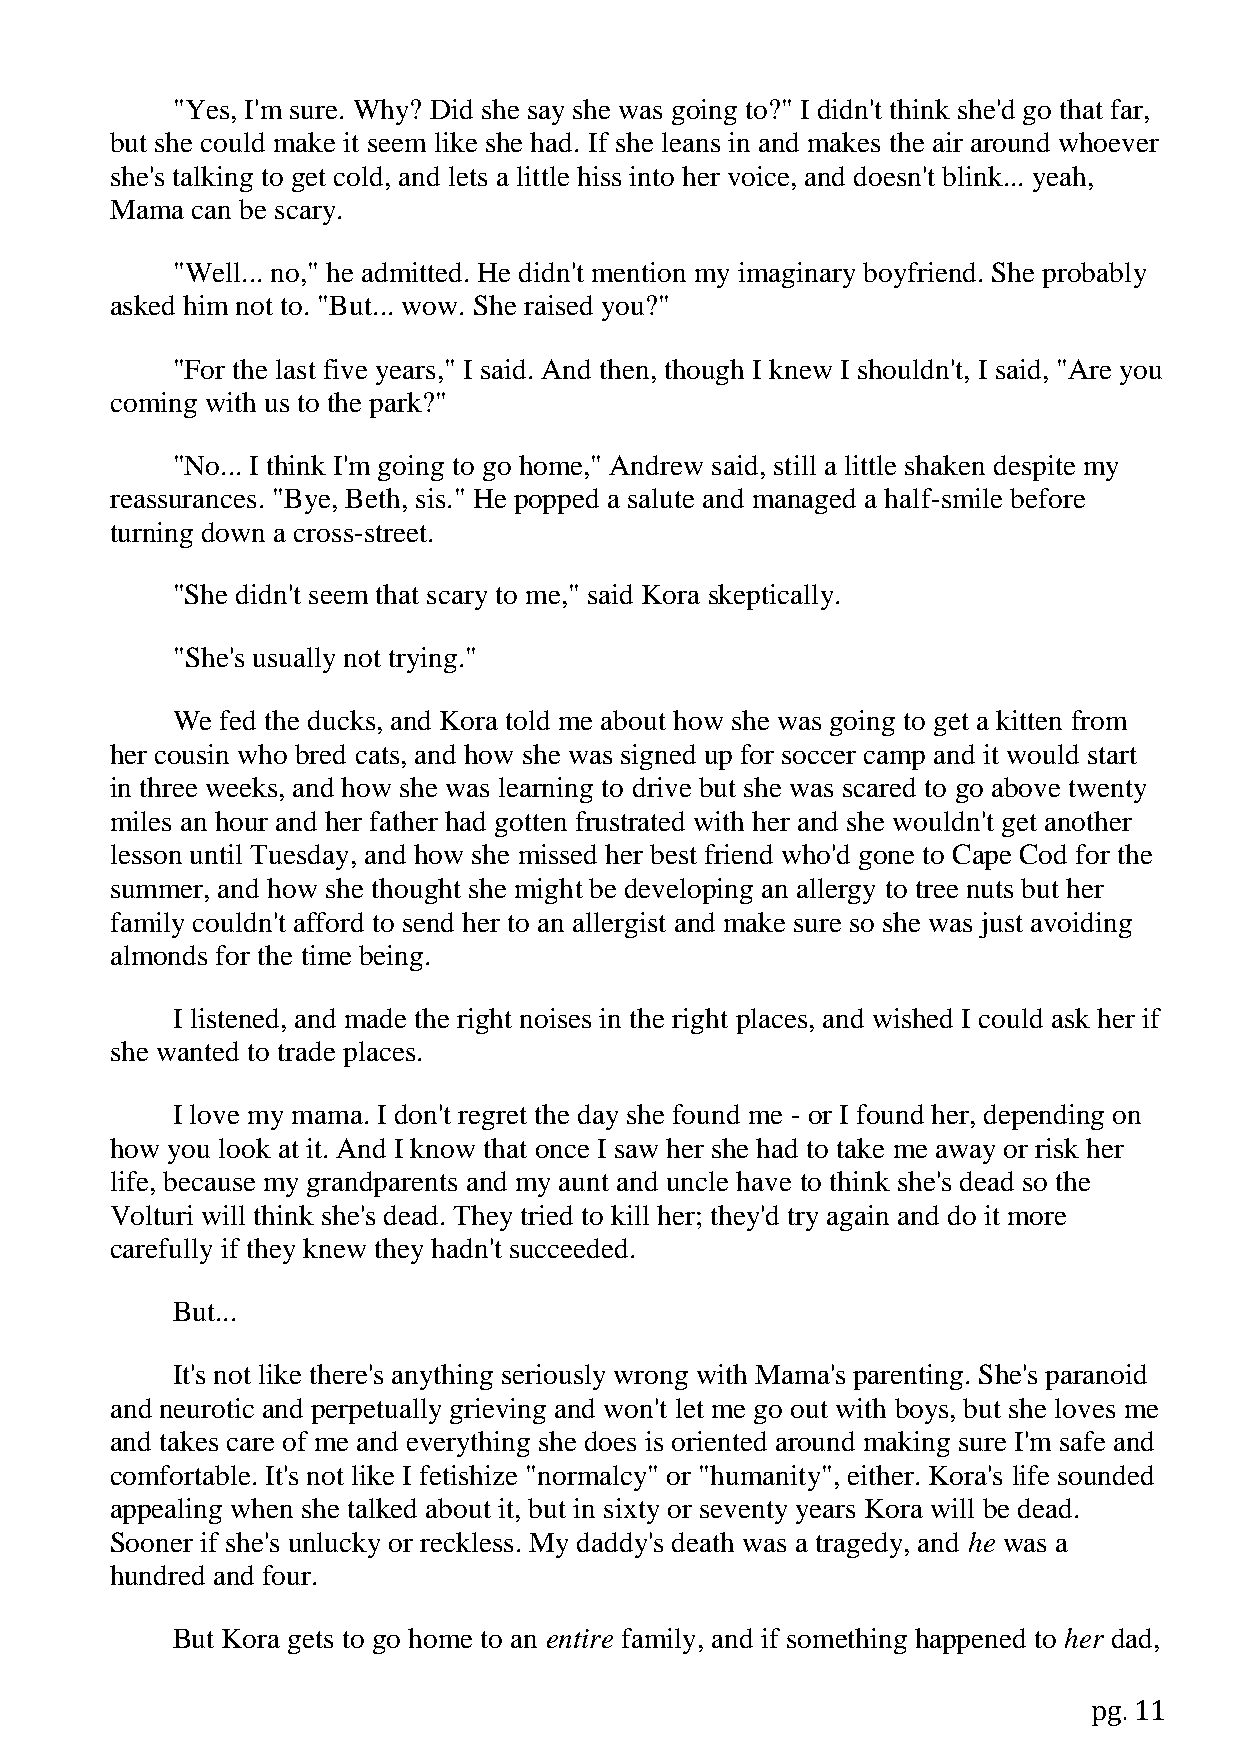
"Yes, I'm sure. Why? Did she say she was going to?" I didn't think she'd go that far,
 but she could make it seem like she had. If she leans in and makes the air around whoever
 she's talking to get cold, and lets a little hiss into her voice, and doesn't blink... yeah,
 Mama  can be scary.
 "Well... no," he admitted. He didn't mention my imaginary boyfriend. She probably
 asked him not to. "But... wow. She raised you?"
 "For the last five years," I said. And then, though I knew I shouldn't, I said, "Are you
 coming with us to the park?"
 "No... I think I'm going to go home," Andrew said, still a little shaken despite my
 reassurances. "Bye, Beth, sis." He popped a salute and managed a half-smile before
 turning down a cross-street.
 "She didn't seem that scary to me," said Kora skeptically.
 "She's usually not trying."
 We  fed the ducks, and Kora told me about how she was going to get a kitten from
 her cousin who bred cats, and how she was signed up for soccer camp and it would start
 in three weeks, and how she was learning to drive but she was scared to go above twenty
 miles an hour and her father had gotten frustrated with her and she wouldn't get another
 lesson until Tuesday, and how she missed her best friend who'd gone to Cape Cod for the
 summer, and how she thought she might be developing an allergy to tree nuts but her
 family couldn't afford to send her to an allergist and make sure so she was just avoiding
 almonds for the time being.
 I listened, and made the right noises in the right places, and wished I could ask her if
 she wanted to trade places.
 I love my mama. I don't regret the day she found me - or I found her, depending on
 how you look at it. And I know that once I saw her she had to take me away or risk her
 life, because my grandparents and my aunt and uncle have to think she's dead so the
 Volturi will think she's dead. They tried to kill her; they'd try again and do it more
 carefully if they knew they hadn't succeeded.
 But...
 It's not like there's anything seriously wrong with Mama's parenting. She's paranoid
 and neurotic and perpetually grieving and won't let me go out with boys, but she loves me
 and takes care of me and everything she does is oriented around making sure I'm safe and
 comfortable. It's not like I fetishize "normalcy" or "humanity", either. Kora's life sounded
 appealing when she talked about it, but in sixty or seventy years Kora will be dead.
 Sooner if she's unlucky or reckless. My daddy's death was a tragedy, and he was a
 hundred and four.
 But Kora gets to go home to an entire family, and if something happened to her dad,
 pg. 11